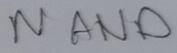
Text: NAND